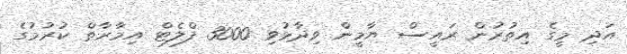
އަދި މީގެ އިތުރުން ރައީސް ޔާމީން ވިދާޅުވި 3000 ފްލެޓް އިމާރާތް ކުރުމުގެ